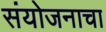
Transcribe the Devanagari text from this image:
संयोजनाचा